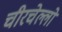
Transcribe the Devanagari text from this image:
चीरचेल्लो